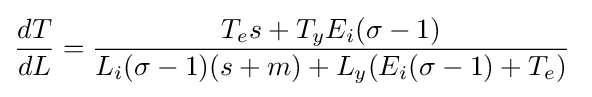
{\frac {dT}{dL}}={\frac {T_{e}s+T_{y}E_{i}(\sigma -1)}{L_{i}(\sigma -1)(s+m)+L_{y}(E_{i}(\sigma -1)+T_{e})}}\;